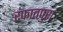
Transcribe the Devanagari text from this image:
रफातपुरा